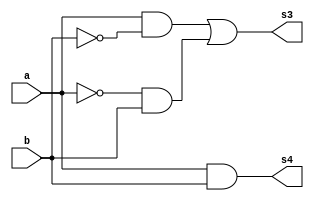
//--Pontificia Universidade Catolica
//--Nome: Bruno Santiago Pinheiro
//--Matricula: 405792
//--Data: 30/08/2010
//--Professor: Theldo
//--Guia_05

//---------------
//-- meia soma
//---------------

module halfadder (s3, s4, a, b);

input a, b;
output s3, s4;

not NOT1 (s,a);
not NOT2 (s0,b);
and AND1 (s1,a,s0);
and AND2 (s2,s, b);
or OR1 (s3, s1, s2);
and AND3 (s4, a, b);

endmodule

//----------------
//--Multiplicador
//----------------

module multiplicador (e0, e1, e2, e3, a0, b0, a1, b1);

input a0, b0, a1, b1;
output e0, e1, e2, e3;

and AND1 (e0, b0, a0);
and AND2 (s2, b0, a1);
and AND3 (s3, b1, a0);
and AND4 (s4, b1, a1);

halfadder HA1 (e1, s5, s2, s3);
halfadder HA2 (e2, e3, s5, s4);

endmodule

//----------------------
//--teste multiplicador
//----------------------

module testmultiplicador;

wire s0, s1, s2, s3;
reg a0, b0, a1, b1;

multiplicador M1 (s0, s1, s2, s3, a0, b0, a1, b1);

initial begin

$display ("Bruno Santiago Pinheiro");
$display ("Matricula: 405792");
$display ("Circuito de multiplicaao com 2 numeros de 2 bits cada.");
$display ();
#1 a0 = 0; a1 = 0; b0 = 0; b1 = 0;
$monitor (" %b%b * %b%b = %b%b%b%b", a1, a0, b1, b0, s3, s2, s1, s0);
#1 a0 = 0; a1 = 0; b0 = 0; b1 = 1;

#1 a0 = 0; a1 = 0; b0 = 1; b1 = 0;
#1 a0 = 0; a1 = 0; b0 = 1; b1 = 1;

#1 a0 = 0; a1 = 1; b0 = 0; b1 = 0;
#1 a0 = 0; a1 = 1; b0 = 0; b1 = 1;

#1 a0 = 0; a1 = 1; b0 = 1; b1 = 0;
#1 a0 = 0; a1 = 1; b0 = 1; b1 = 1;

#1 a0 = 1; a1 = 0; b0 = 0; b1 = 0;
#1 a0 = 1; a1 = 0; b0 = 0; b1 = 1;

#1 a0 = 1; a1 = 0; b0 = 1; b1 = 0;
#1 a0 = 1; a1 = 0; b0 = 1; b1 = 1;

#1 a0 = 1; a1 = 1; b0 = 0; b1 = 0;
#1 a0 = 1; a1 = 1; b0 = 0; b1 = 1;

#1 a0 = 1; a1 = 1; b0 = 1; b1 = 0;
#1 a0 = 1; a1 = 1; b0 = 1; b1 = 1;

end

endmodule